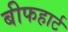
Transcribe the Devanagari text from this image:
बीफहार्ट